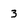
Character: 3